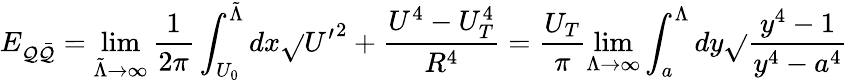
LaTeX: E_{\mathcal{Q}\bar{{\mathcal{Q}}}}=\operatorname*{lim}_{{\tilde{{\Lambda}}}\rightarrow\infty}\frac{{1}}{{2\pi}}\int_{U_{0}}^{{\tilde{{\Lambda}}}}dx\sqrt{}{{{U^{\prime}}^{2}+\frac{{U^{4}-U_{T}^{4}}}{{R^{4}}}}}=\frac{{U_{T}}}{{\pi}}\operatorname*{lim}_{\Lambda\rightarrow\infty}\int_{a}^{\Lambda}dy\sqrt{}{{\frac{{y^{4}-1}}{{y^{4}-a^{4}}}}}